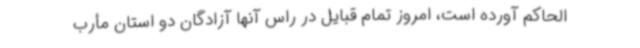
الحاکم آورده است، امروز تمام قبایل در راس آنها آزادگان دو استان مأرب